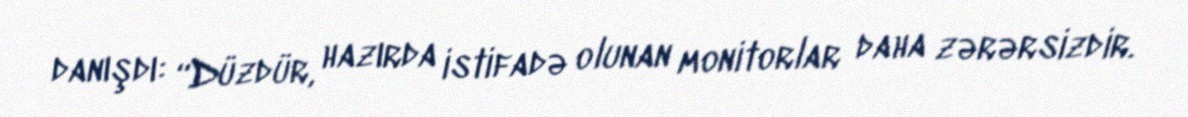
danışdı: “Düzdür, hazırda istifadə olunan monitorlar daha zərərsizdir.